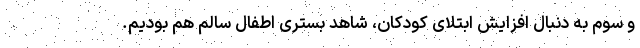
و سوم به دنبال افزایش ابتلای کودکان، شاهد بستری اطفال سالم هم بودیم.